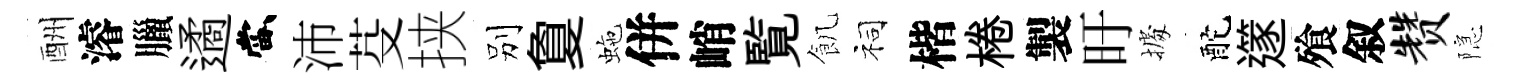
酬濬臘遹當沛芟挟别夐虵併峭覧飢祠楷棬製旴𢴃酡𨗹飱叙赞隠